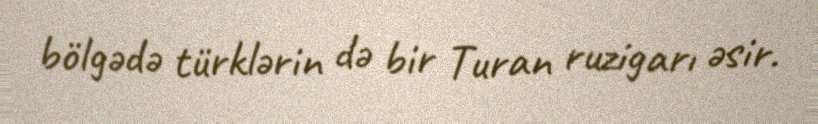
bölgədə türklərin də bir Turan ruzigarı əsir.